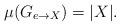
LaTeX: \begin{align*}\mu(G_{e\to X})=|X|.\end{align*}